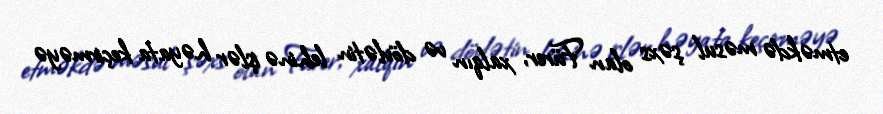
etməkdə məsul şəxs olan Fürer, xalqın və dövlətin lehinə işlər həyata keçirməyə